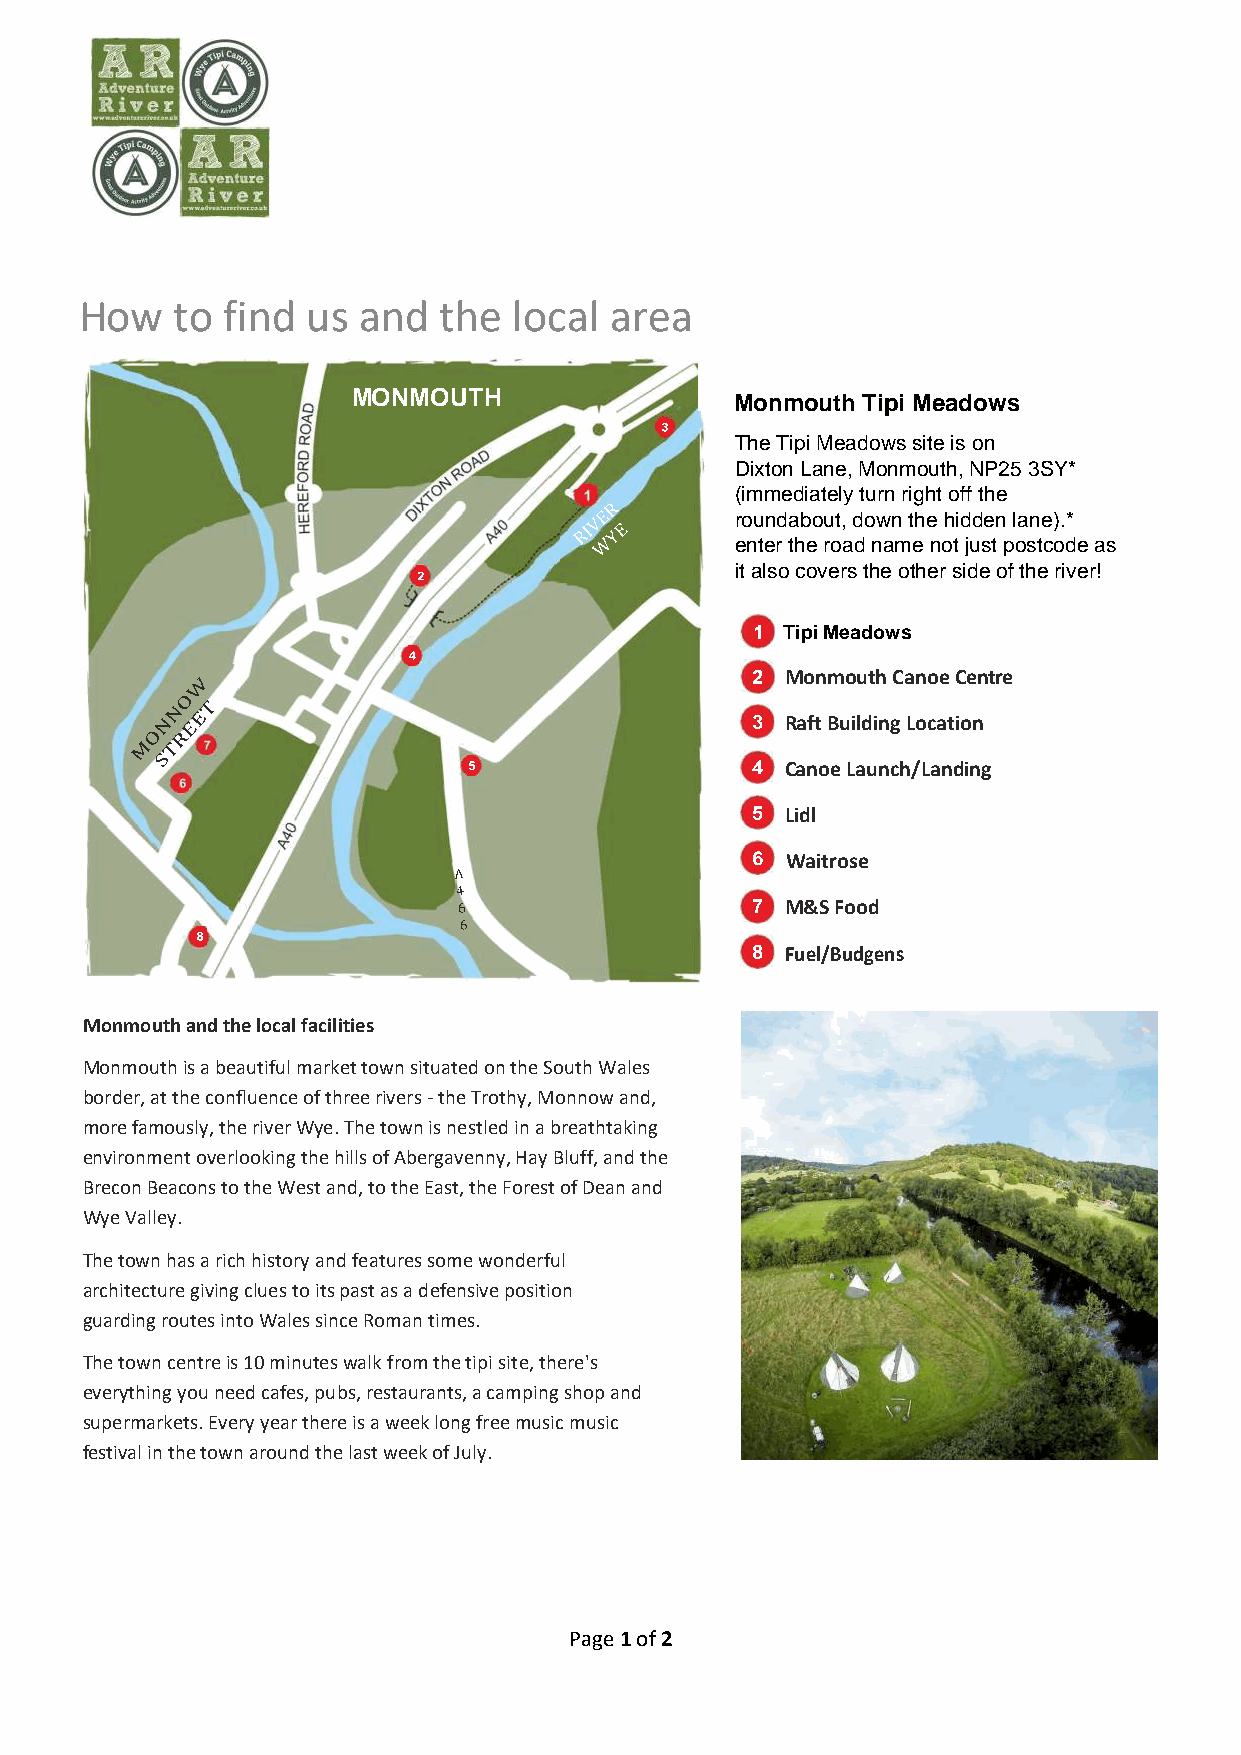
How    to find us  and  the  local area
 Adventure River Tipi Site
 MONMOUTH                  MOounr Mmoonumtho uTthip gir oMuepa tdipoi wsitse is on
 ghthsssscdcs
 Dixton Lane, Monmouth, NP25 3SY*
 The Tipi Meadows site is on
 D(iimxtomne Ldaiantee,l yM tounrnm roiguhtht, oNffP t2h5e 3SY*
 ( rim oum ne dd ai ba ote uly
 t,
 t du orn
 w
 r nig th ht
 e
 o hff
 i
 dth de
 e n lane).*
 roundabout, down the hidden lane).*
 enter the road name not just postcode as
 enter the road name not just postcode as
 iti ta alslsoo c coovveerrss tthhee o oththeer rs sididee o of ft hthee r irviever!r!
 1 TAidpvi eMnetaudreo wRisver Site
 2 Monmouth Canoe Centre
 Raft Building Location
 Canoe Launch/Landing
 Lidl
 Waitrose
 M&S Food
 Fuel/Budgens
 Monmouth and the local facilities
 Monmouth is a beautiful market town situated on the South Wales
 border, at the confluence of three rivers - the Trothy, Monnow and,
 more famously, the river Wye. The town is nestled in a breathtaking
 environment overlooking the hills of Abergavenny, Hay Bluff, and the
 Brecon Beacons to the West and, to the East, the Forest of Dean and
 Wye Valley.
 The town has a rich history and features some wonderful
 architecture giving clues to its past as a defensive position
 guarding routes into Wales since Roman times.
 The town centre is 10 minutes walk from the tipi site, there's
 everything you need cafes, pubs, restaurants, a camping shop and
 supermarkets. Every year there is a week long free music music
 festival in the town around the last week of July.
 Page 1 of 2